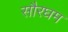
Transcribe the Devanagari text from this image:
सौरघम